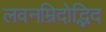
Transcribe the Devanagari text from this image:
लवनम्रिदोद्भिद